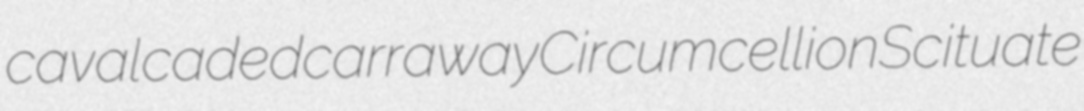
cavalcaded carraway Circumcellion Scituate